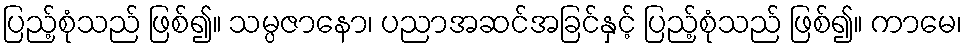
ပြည့်စုံသည် ဖြစ်၍။ သမ္ပဇာနော၊ ပညာအဆင်အခြင်နှင့် ပြည့်စုံသည် ဖြစ်၍။ ကာမေ၊